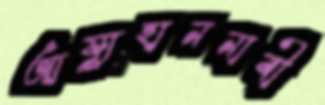
আয়্যুহাননাবী